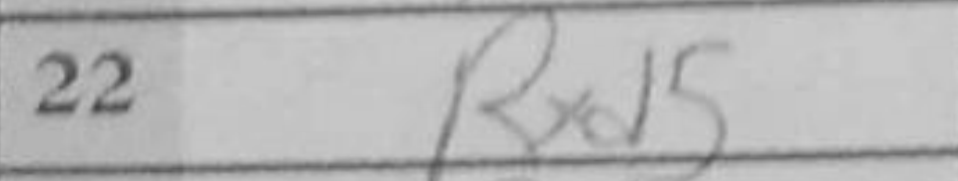
Transcription: Rxd5